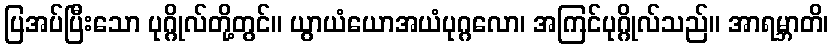
ပြအပ်ပြီးသော ပုဂ္ဂိုလ်တို့တွင်။ ယွာယံယောအယံပုဂ္ဂလော၊ အကြင်ပုဂ္ဂိုလ်သည်။ အာရမ္ဘာတိ၊